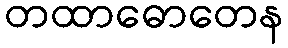
တထာဓောတေန